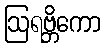
ဩရဗ္ဘိကော